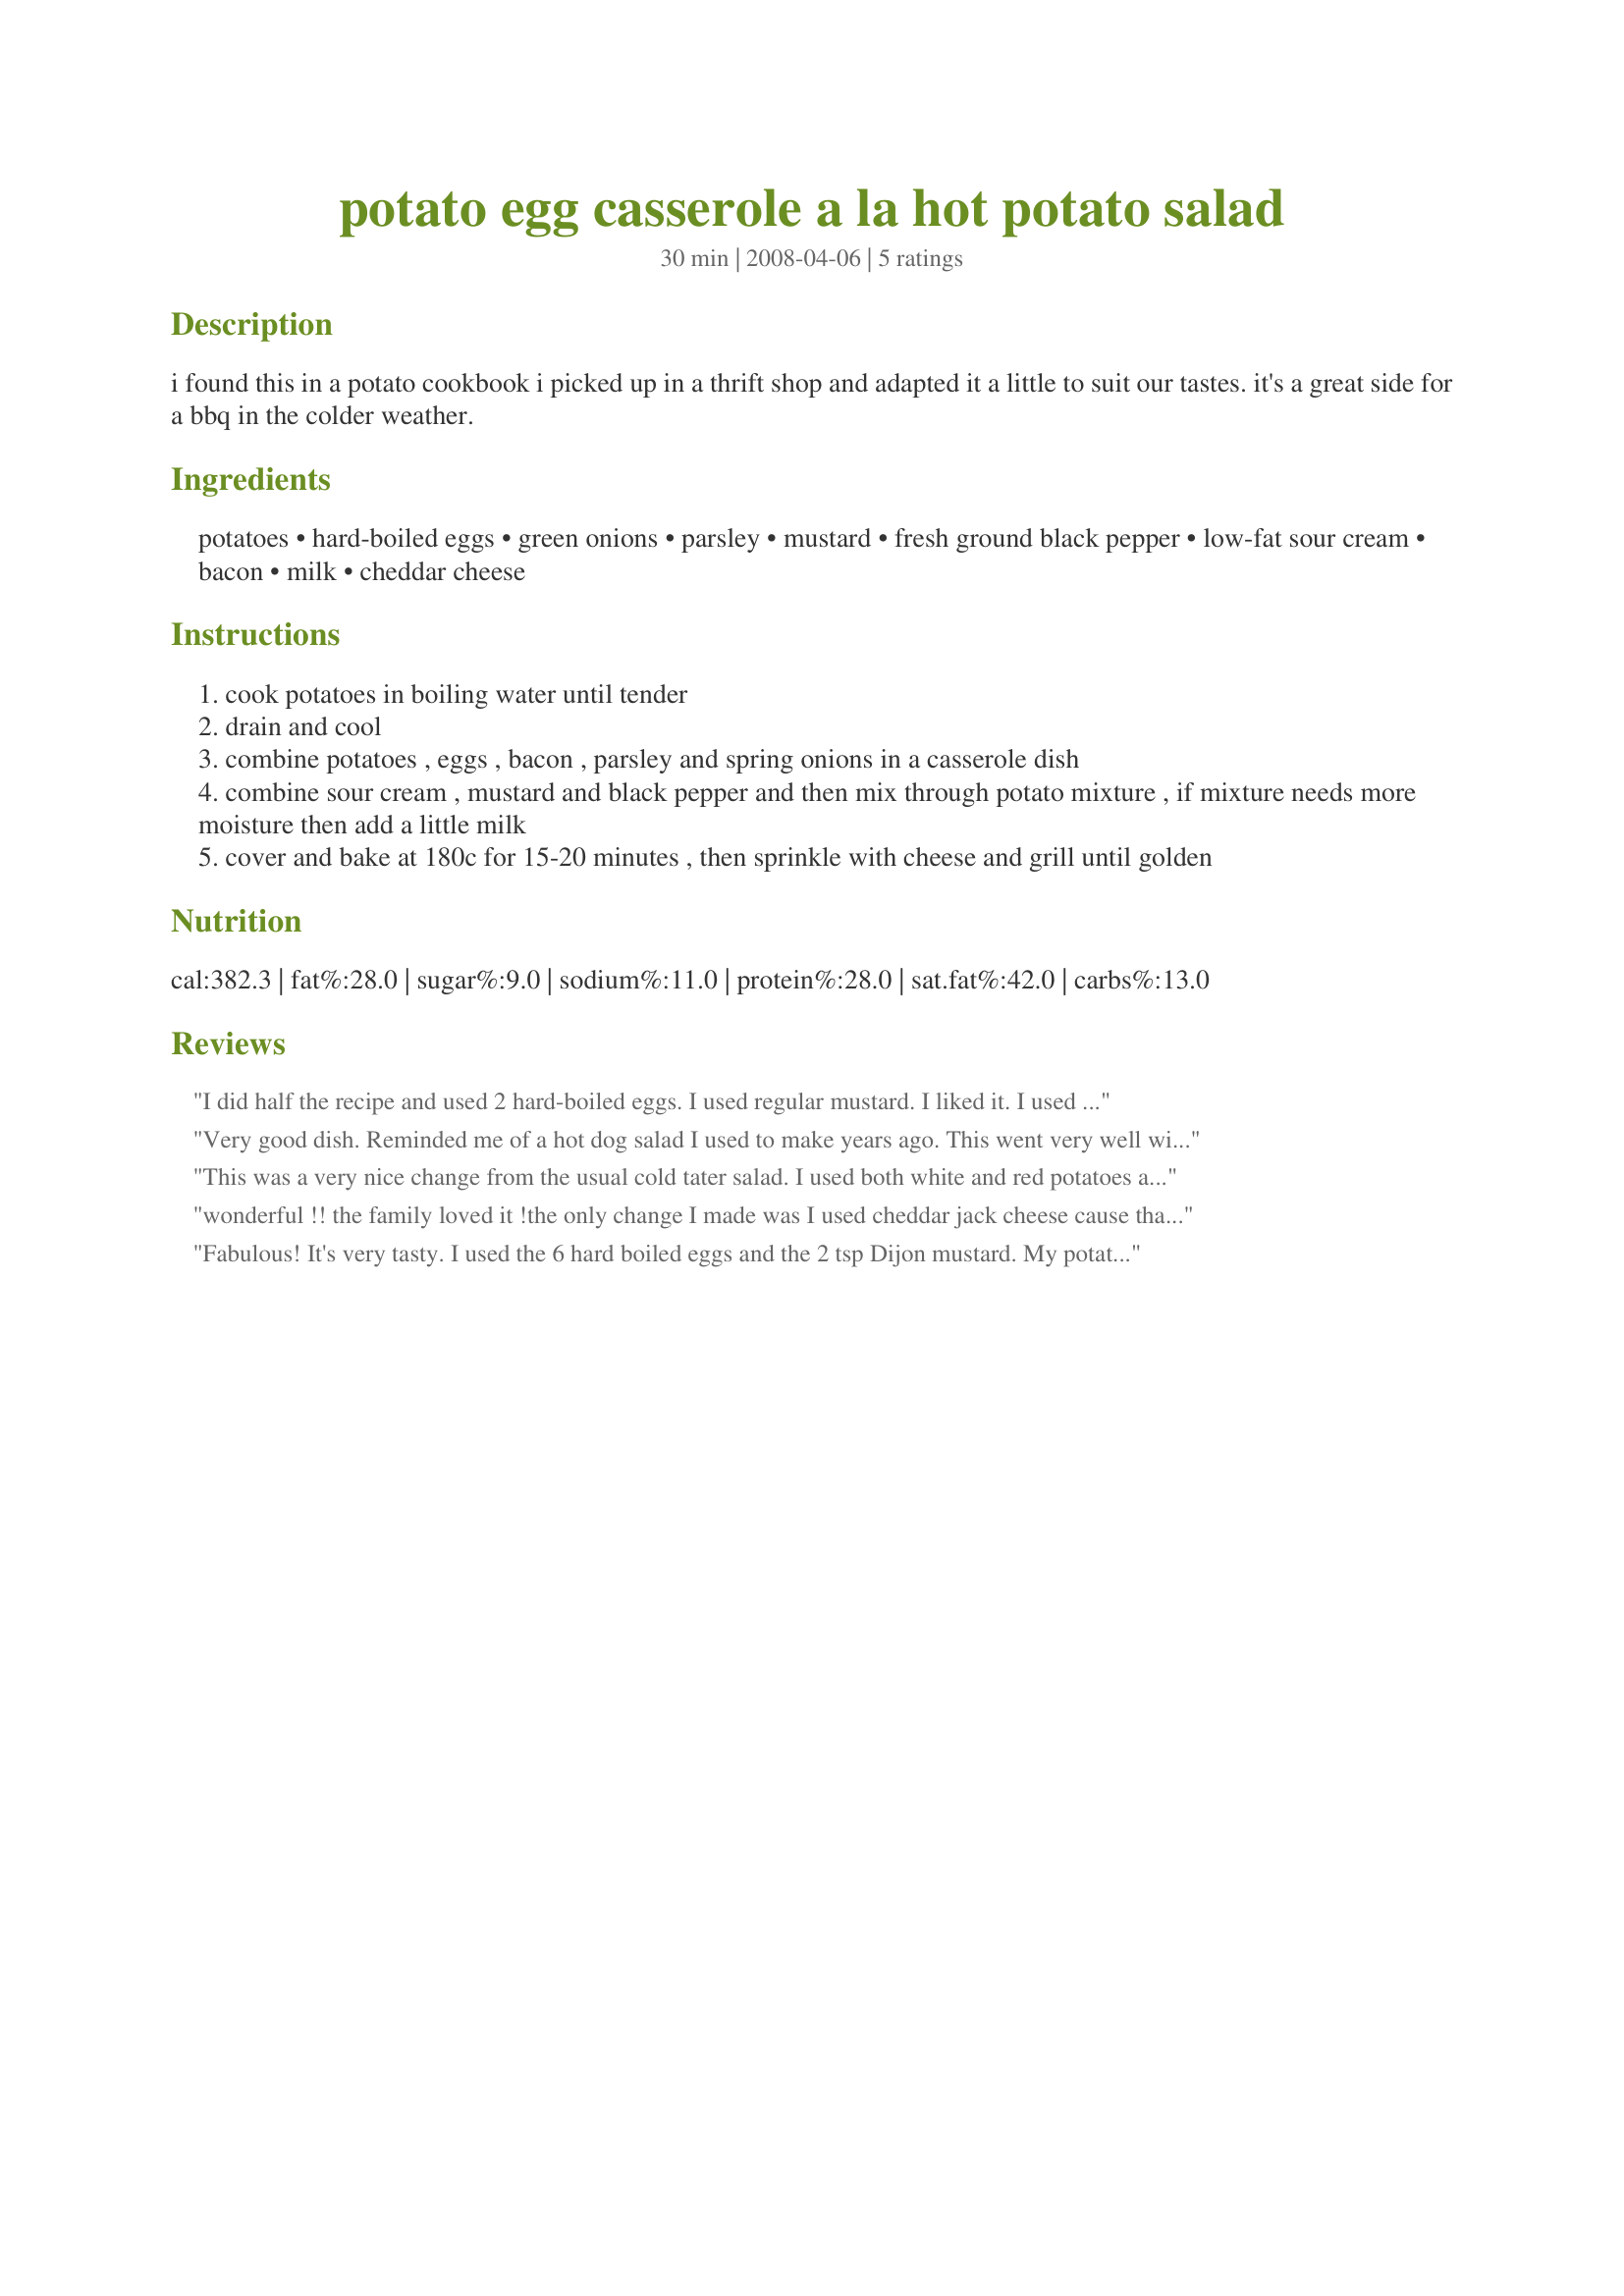
potato egg casserole a la hot potato salad
Preparation time: 30 minutes

i found this in a potato cookbook i picked up in a thrift shop and adapted it a little to suit our tastes. it's a great side for a bbq in the colder weather.

Ingredients:
potatoes, hard-boiled eggs, green onions, parsley, mustard, fresh ground black pepper, low-fat sour cream, bacon, milk, cheddar cheese

Steps:
cook potatoes in boiling water until tender
drain and cool
combine potatoes , eggs , bacon , parsley and spring onions in a casserole dish
combine sour cream , mustard and black pepper and then mix through potato mixture , if mixture needs more moisture then add a little milk
cover and bake at 180c for 15-20 minutes , then sprinkle with cheese and grill until golden

Reviews:
I did half the recipe and used 2 hard-boiled eggs. I used regular mustard. I liked it. I used fat-free sour cream. I didn't have to add milk. They taste like twice-baked potatoes. It's very good. And I tasted it cold after taking the photo. I'm wondering if I should eat this cold or warm tomorrow for my lunch. Thanks Mandy. Made for ZWT4
Very good dish. Reminded me of a hot dog salad I used to make years ago. This went very well with ribs on the grill and all the other goodies we had yesterday. Made for PAC 2008
This was a very nice change from the usual cold tater salad. I used both white and red potatoes and opted not to peel them. I felt the need to add salt after the first bite. I also used fat-free sour cream and low fat cheddar. Made for Aussie Swap 5/08.
wonderful !! the family loved it !the only change I made was I used cheddar jack cheese cause that was what I had on hand. Will deff make it again thanks for the recipe!
Fabulous! It's very tasty. I used the 6 hard boiled eggs and the 2 tsp Dijon mustard. My potatoes were rather large, so I needed some extra sour cream. Thanx for sharing. I just know that this will be a big hit at many future picnic/potlucks!
